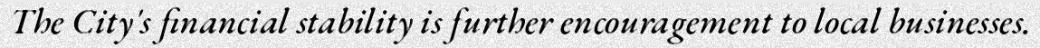
The City's financial stability is further encouragement to local businesses.